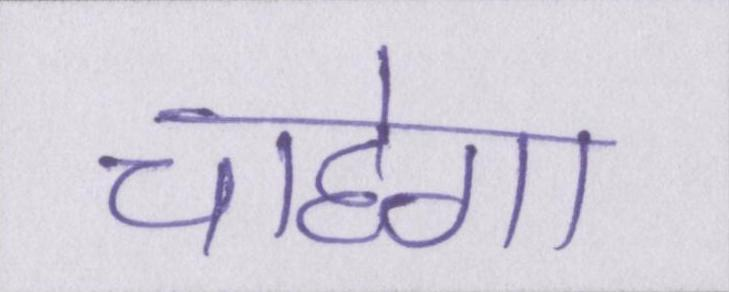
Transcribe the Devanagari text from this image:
चाहेगा